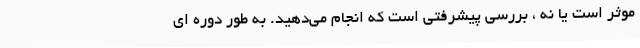
موثر است یا نه ، بررسی پیشرفتی است که انجام می‌دهید. به طور دوره ای